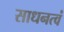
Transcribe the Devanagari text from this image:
साधनत्वं